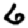
Digit: 6